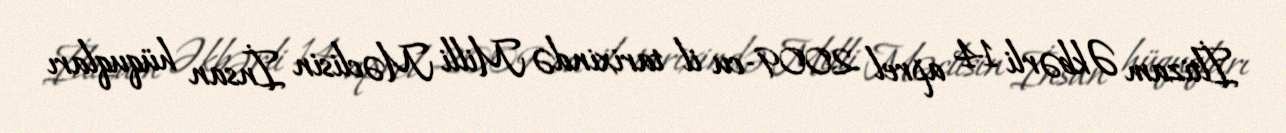
İltizam Əkbərli 14 aprel 2009-cu il tarixində Milli Məclisin İnsan hüquqları